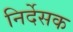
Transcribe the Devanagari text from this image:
निर्देसक